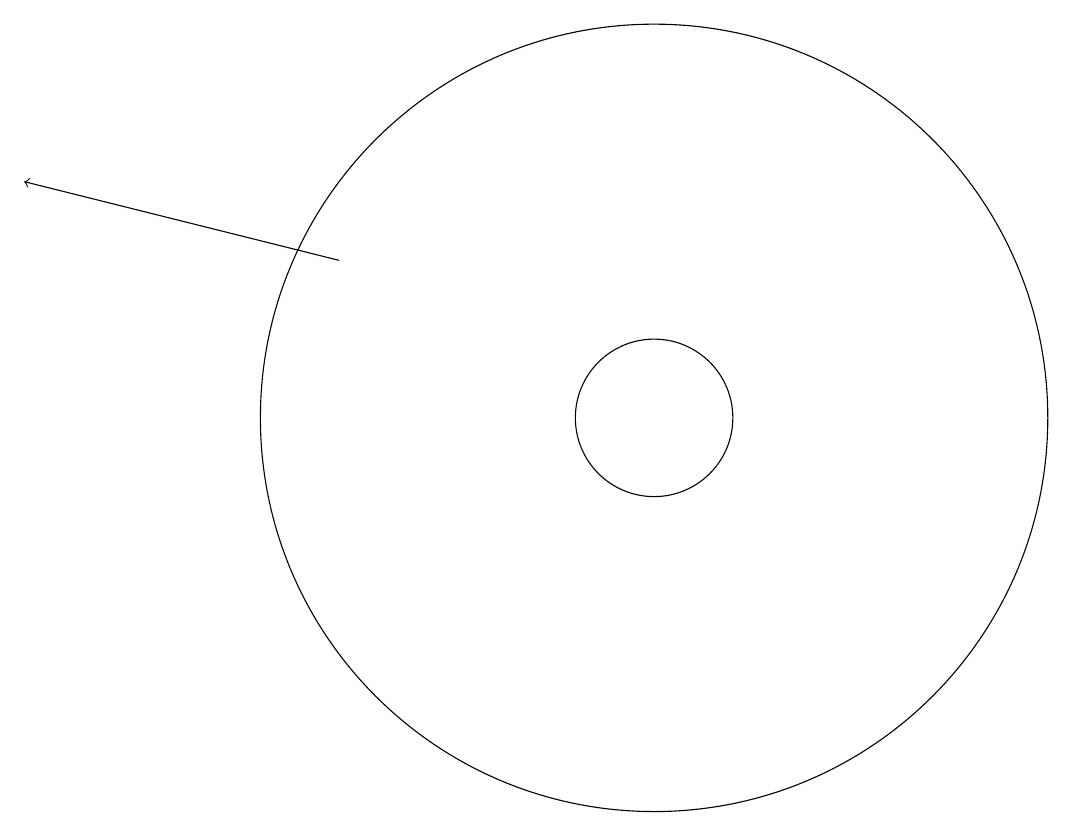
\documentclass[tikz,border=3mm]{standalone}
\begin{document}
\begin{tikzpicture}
\draw (10,11) circle (1);
\draw (10,11) circle (5);
\draw[->] (6,13) -- (2,14);
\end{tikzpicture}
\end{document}